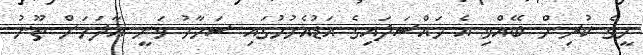
މީގެ ކުރިން ބޭއްވި އެ މައްސަލައިގެ އަޑުއެހުމުގައި ސަމާހު ވަނީ އާދަމަށް ތޫނު